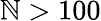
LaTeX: \mathbb{N}>100